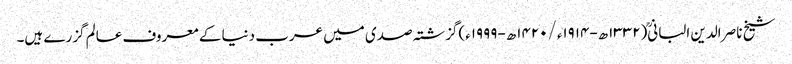
شیخ ناصر الدین البانی(۱۳۳۲ھ-۱۹۱۴ء/۱۴۲۰ھ-۱۹۹۹ء)گزشتہ صدی میں عرب دنیا کے معروف عالم گزرے ہیں۔